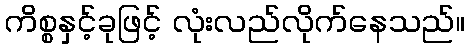
ကိစ္စနှင့်ခုဖြင့် လုံးလည်လိုက်နေသည်။